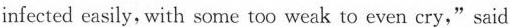
infected easily, with some too weak to even cry,"said